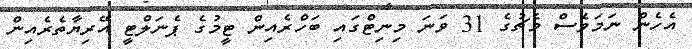
އެހެން ނަމަވެސް މެޗުގެ 31 ވަނަ މިނިޓްގައި ބަހްރެއިން ޓީމުގެ ޕެނަލްޓީ އޭރިޔާތެރެއިން